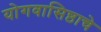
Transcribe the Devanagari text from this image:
योगवासिष्ठाचे